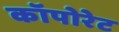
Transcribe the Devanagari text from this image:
कॉपोरेट